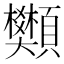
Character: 䫶